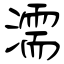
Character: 濡